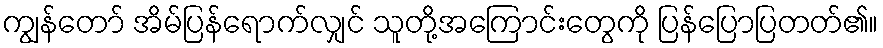
ကျွန်တော် အိမ်ပြန်ရောက်လျှင် သူတို့အကြောင်းတွေကို ပြန်ပြောပြတတ်၏။